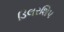
ડિલરશિપ